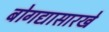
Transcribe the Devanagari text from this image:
बोगद्यासारखे